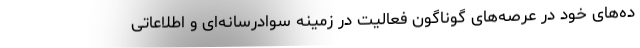
ده‌های خود در عرصه‌های گوناگون فعالیت در زمینه سوادرسانه‌ای و اطلاعاتی